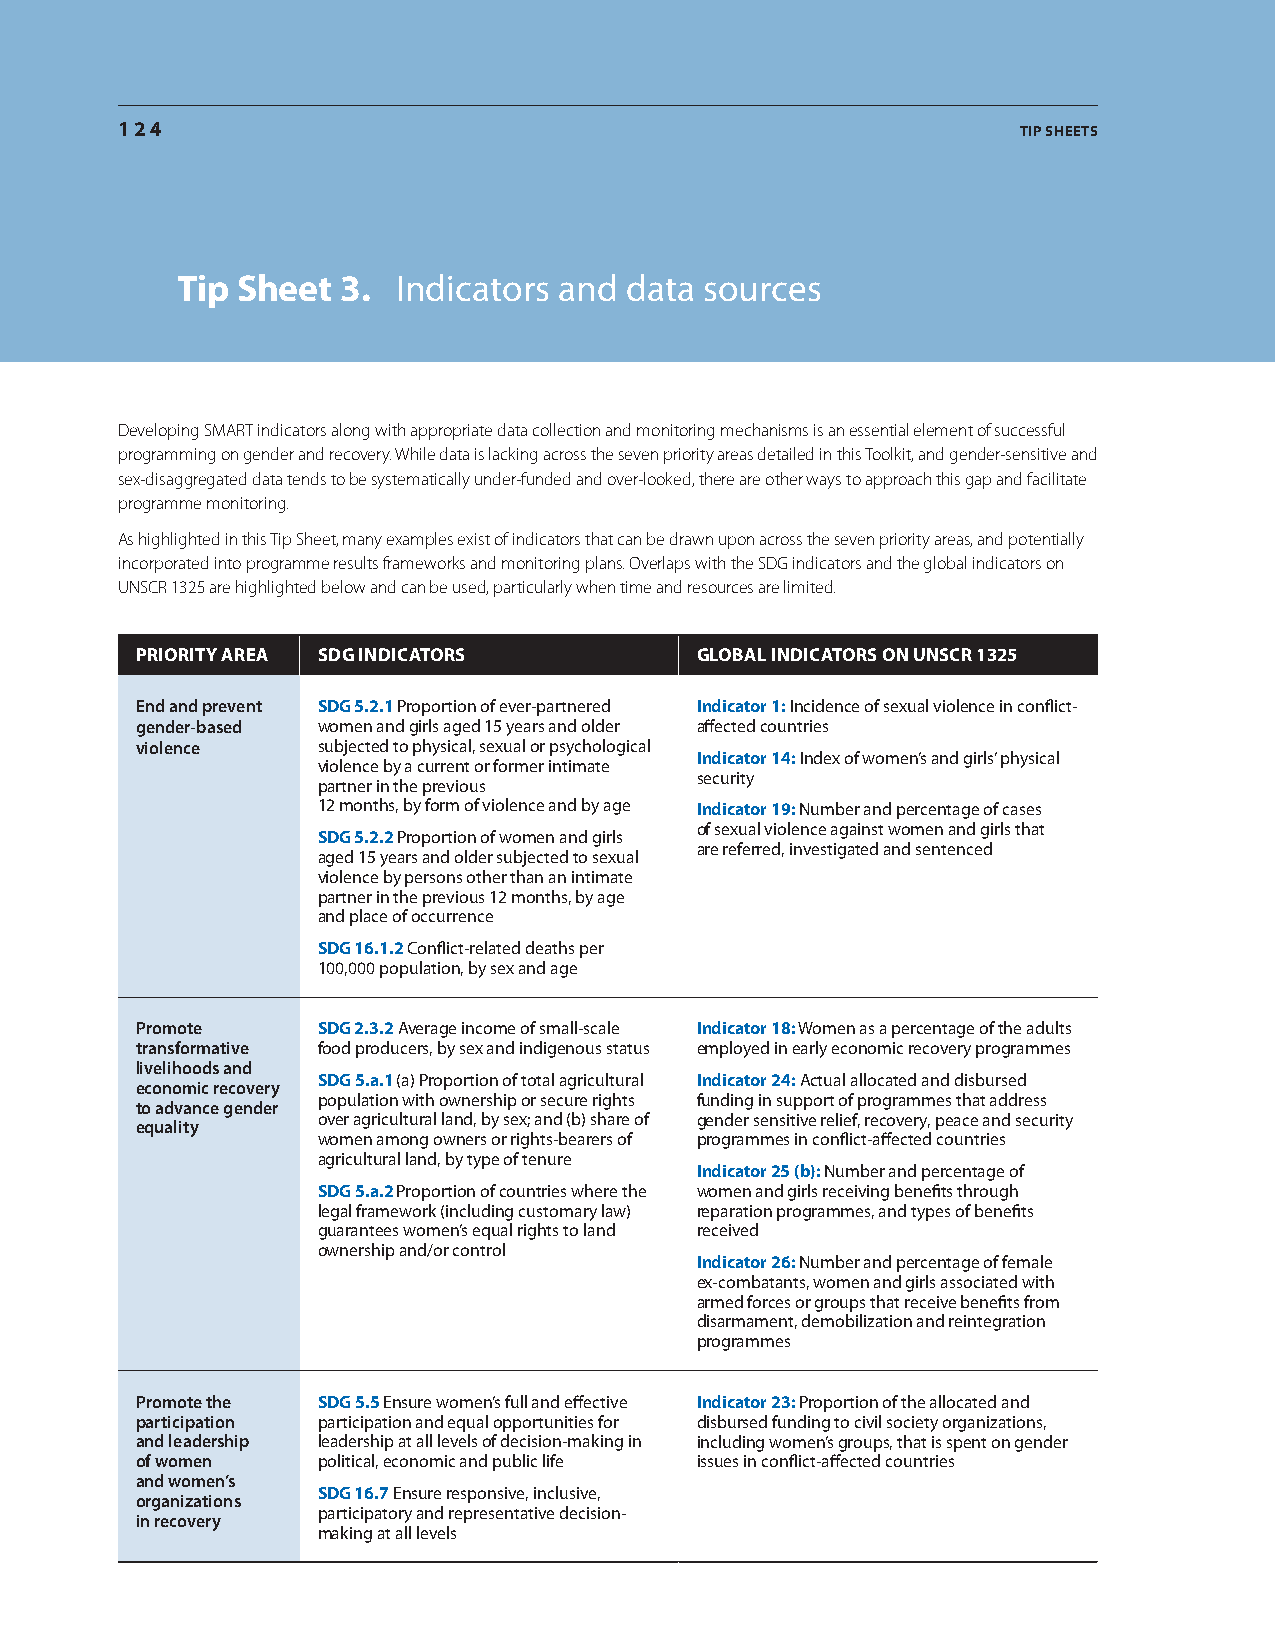
124                                                         tip sheets
 tip sheet  3. indicators and data  sources
 Developing SMART indicators along with appropriate data collection and monitoring mechanisms is an essential element of successful
 programming on gender and recovery. While data is lacking across the seven priority areas detailed in this Toolkit, and gender-sensitive and
 sex-disaggregated data tends to be systematically under-funded and over-looked, there are other ways to approach this gap and facilitate
 programme monitoring.
 As highlighted in this Tip Sheet, many examples exist of indicators that can be drawn upon across the seven priority areas, and potentially
 incorporated into programme results frameworks and monitoring plans. Overlaps with the SDG indicators and the global indicators on
 UNSCR 1325 are highlighted below and can be used, particularly when time and resources are limited.
 priority area sdG indicators         Global indicators on unscr 1325
 End and prevent sdG 5.2.1 Proportion of ever-partnered indicator 1: incidence of sexual violence in conflict-
 gender-based women and girls aged 15 years and older affected countries
 violence    subjected to physical, sexual or psychological
 indicator 14: index of women’s and girls’ physical
 violence by a current or former intimate
 security
 partner in the previous
 12 months, by form of violence and by age indicator 19: Number and percentage of cases
 of sexual violence against women and girls that
 sdG 5.2.2 Proportion of women and girls
 are referred, investigated and sentenced
 aged 15 years and older subjected to sexual
 violence by persons other than an intimate
 partner in the previous 12 months, by age
 and place of occurrence
 sdG 16.1.2 conflict-related deaths per
 100,000 population, by sex and age
 Promote     sdG 2.3.2 average income of small-scale indicator 18: Women as a percentage of the adults
 transformative food producers, by sex and indigenous status employed in early economic recovery programmes
 livelihoods and
 sdG 5.a.1 (a) Proportion of total agricultural indicator 24: actual allocated and disbursed
 economic recovery
 population with ownership or secure rights funding in support of programmes that address
 to advance gender
 over agricultural land, by sex; and (b) share of gender sensitive relief, recovery, peace and security
 equality
 women among owners or rights-bearers of programmes in conflict-affected countries
 agricultural land, by type of tenure
 indicator 25 (b): Number and percentage of
 sdG 5.a.2 Proportion of countries where the women and girls receiving benefits through
 legal framework (including customary law) reparation programmes, and types of benefits
 guarantees women’s equal rights to land received
 ownership and/or control
 indicator 26: Number and percentage of female
 ex-combatants, women and girls associated with
 armed forces or groups that receive benefits from
 disarmament, demobilization and reintegration
 programmes
 Promote the sdG 5.5 ensure women’s full and effective indicator 23: Proportion of the allocated and
 participation participation and equal opportunities for disbursed funding to civil society organizations,
 and leadership leadership at all levels of decision-making in including women’s groups, that is spent on gender
 of women    political, economic and public life issues in conflict-affected countries
 and women’s
 sdG 16.7 ensure responsive, inclusive,
 organizations
 participatory and representative decision-
 in recovery
 making at all levels